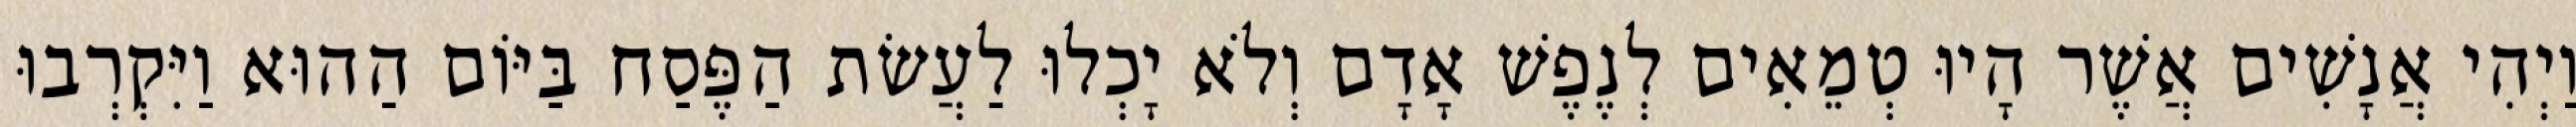
וַיְהִי אֲנָשִׁים אֲשֶׁר הָיוּ טְמֵאִים לְנֶפֶשׁ אָדָם וְלֹא יָכְלוּ לַעֲשׂת הַפֶּסַח בַּיּוֹם הַהוּא וַיִּקְרְבוּ